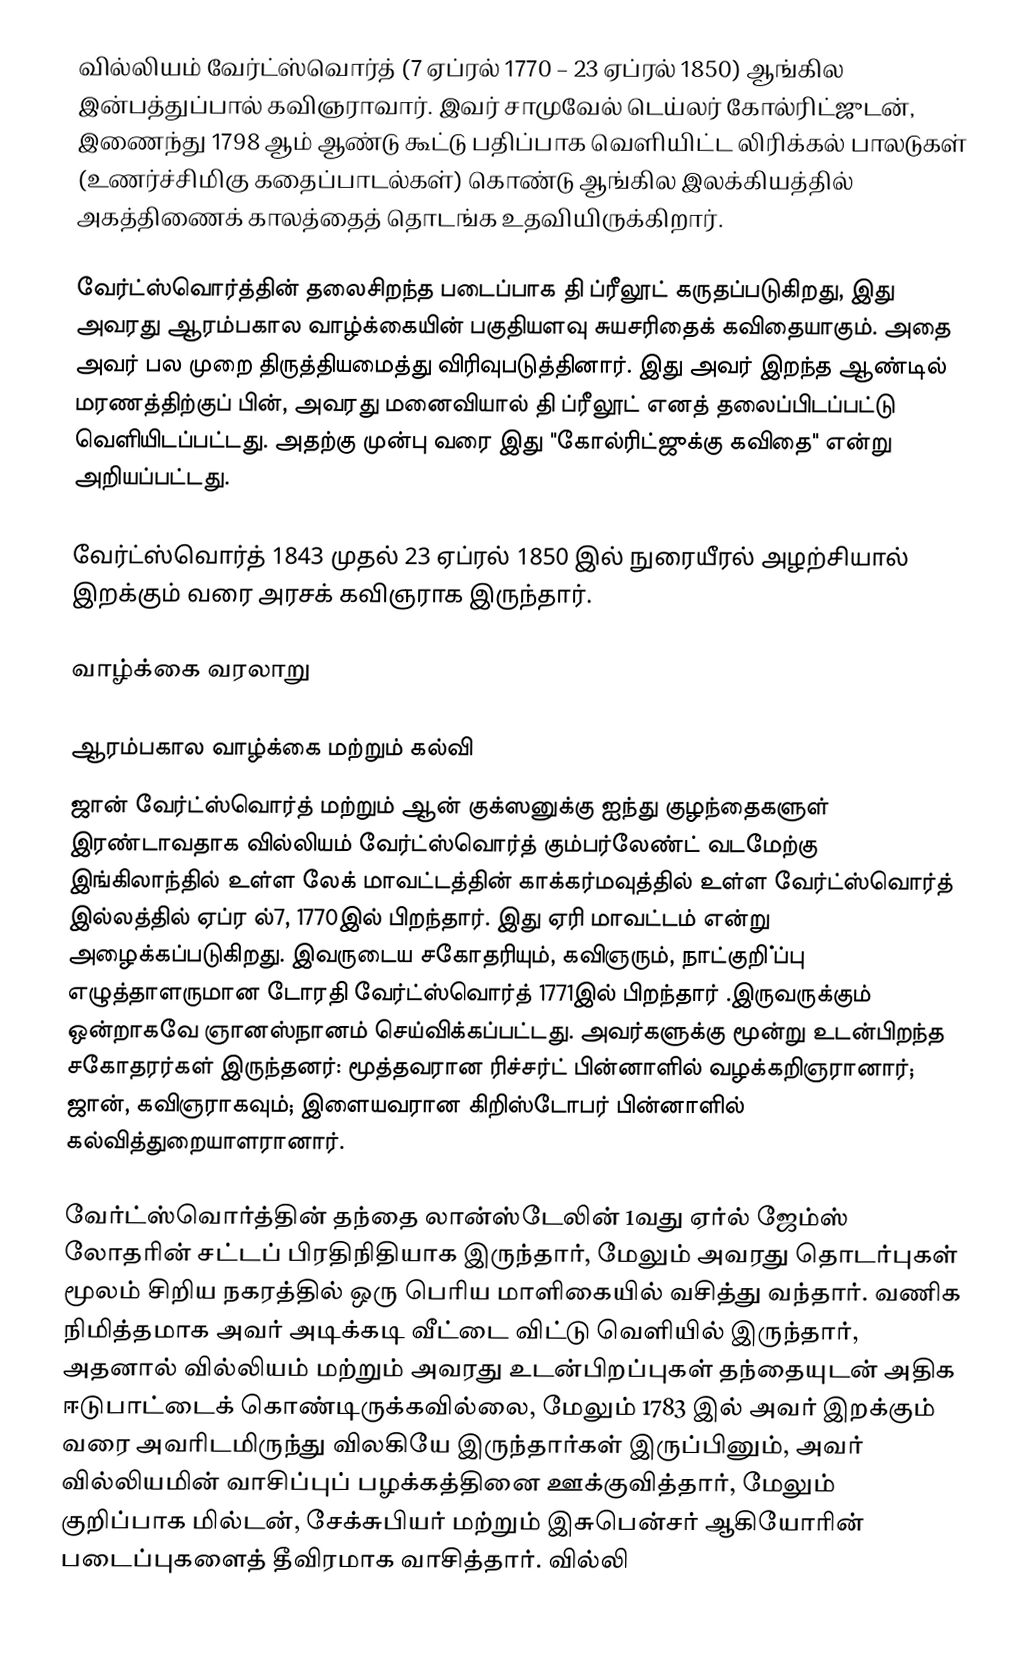
வில்லியம் வேர்ட்ஸ்வொர்த் (7 ஏப்ரல் 1770 – 23 ஏப்ரல் 1850) ஆங்கில இன்பத்துப்பால் கவிஞராவார். இவர் சாமுவேல் டெய்லர் கோல்ரிட்ஜுடன், இணைந்து 1798 ஆம் ஆண்டு கூட்டு பதிப்பாக வெளியிட்ட லிரிக்கல் பாலடுகள் (உணர்ச்சிமிகு கதைப்பாடல்கள்) கொண்டு ஆங்கில இலக்கியத்தில் அகத்திணைக் காலத்தைத் தொடங்க உதவியிருக்கிறார்.

வேர்ட்ஸ்வொர்த்தின் தலைசிறந்த படைப்பாக தி ப்ரீலூட் கருதப்படுகிறது, இது அவரது ஆரம்பகால வாழ்க்கையின் பகுதியளவு சுயசரிதைக் கவிதையாகும். அதை அவர் பல முறை திருத்தியமைத்து விரிவுபடுத்தினார். இது அவர் இறந்த ஆண்டில் மரணத்திற்குப் பின், அவரது மனைவியால்  தி ப்ரீலூட் எனத் தலைப்பிடப்பட்டு வெளியிடப்பட்டது. அதற்கு முன்பு வரை இது "கோல்ரிட்ஜுக்கு கவிதை" என்று அறியப்பட்டது.

வேர்ட்ஸ்வொர்த் 1843 முதல் 23 ஏப்ரல் 1850 இல் நுரையீரல் அழற்சியால் இறக்கும் வரை அரசக் கவிஞராக இருந்தார்.

வாழ்க்கை வரலாறு

ஆரம்பகால வாழ்க்கை மற்றும் கல்வி
ஜான் வேர்ட்ஸ்வொர்த் மற்றும் ஆன் குக்ஸனுக்கு ஐந்து குழந்தைகளுள் இரண்டாவதாக வில்லியம் வேர்ட்ஸ்வொர்த் கும்பர்லேண்ட்  வடமேற்கு இங்கிலாந்தில் உள்ள லேக் மாவட்டத்தின் காக்கர்மவுத்தில் உள்ள வேர்ட்ஸ்வொர்த் இல்லத்தில் ஏப்ர ல்7, 1770இல் பிறந்தார். இது ஏரி மாவட்டம் என்று அழைக்கப்படுகிறது. இவருடைய சகோதரியும், கவிஞரும், நாட்குறி்ப்பு எழுத்தாளருமான டோரதி வேர்ட்ஸ்வொர்த் 1771இல் பிறந்தார் .இருவருக்கும் ஒன்றாகவே ஞானஸ்நானம் செய்விக்கப்பட்டது. அவர்களுக்கு  மூன்று உடன்பிறந்த சகோதரர்கள் இருந்தனர்: மூத்தவரான ரிச்சர்ட் பின்னாளில் வழக்கறிஞரானார்; ஜான், கவிஞராகவும்; இளையவரான கிறிஸ்டோபர்  பின்னாளில் கல்வித்துறையாளரானார்.

வேர்ட்ஸ்வொர்த்தின் தந்தை லான்ஸ்டேலின் 1வது ஏர்ல் ஜேம்ஸ் லோதரின் சட்டப் பிரதிநிதியாக இருந்தார், மேலும் அவரது தொடர்புகள் மூலம் சிறிய நகரத்தில் ஒரு பெரிய மாளிகையில் வசித்து வந்தார். வணிக நிமித்தமாக அவர் அடிக்கடி வீட்டை விட்டு வெளியில் இருந்தார், அதனால் வில்லியம் மற்றும் அவரது உடன்பிறப்புகள் தந்தையுடன் அதிக ஈடுபாட்டைக் கொண்டிருக்கவில்லை, மேலும் 1783 இல் அவர் இறக்கும் வரை அவரிடமிருந்து விலகியே இருந்தார்கள்  இருப்பினும், அவர் வில்லியமின் வாசிப்புப் பழக்கத்தினை ஊக்குவித்தார், மேலும் குறிப்பாக மில்டன், சேக்சுபியர் மற்றும் இசுபென்சர் ஆகியோரின் படைப்புகளைத் தீவிரமாக வாசித்தார். வில்லி